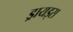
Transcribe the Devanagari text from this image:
ड्रायड्स